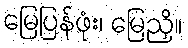
မြေပြန်ဖုံး၊ မြေညှိ။